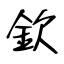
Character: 欽